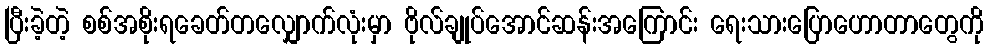
ပြီးခဲ့တဲ့ စစ်အစိုးရခေတ်တလျှောက်လုံးမှာ ဗိုလ်ချုပ်အောင်ဆန်းအကြောင်း ရေးသားပြောဟောတာတွေကို